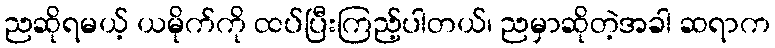
ညဆိုရမယ့် ယမိုက်ကို ထပ်ပြီးကြည့်ပါတယ်၊ ညမှာဆိုတဲ့အခါ ဆရာက